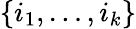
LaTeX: \{ i_{1},\ldots,i_{k}\}